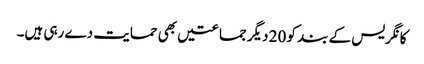
کانگریس کے بند کو 20 دیگر جماعتیں بھی حمایت دے رہی ہیں۔